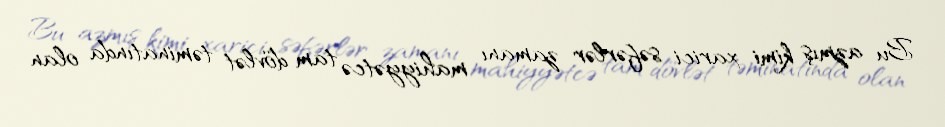
Bu azmış kimi xarici səfərlər zamanı mahiyyətcə tam dövlət təminatında olan